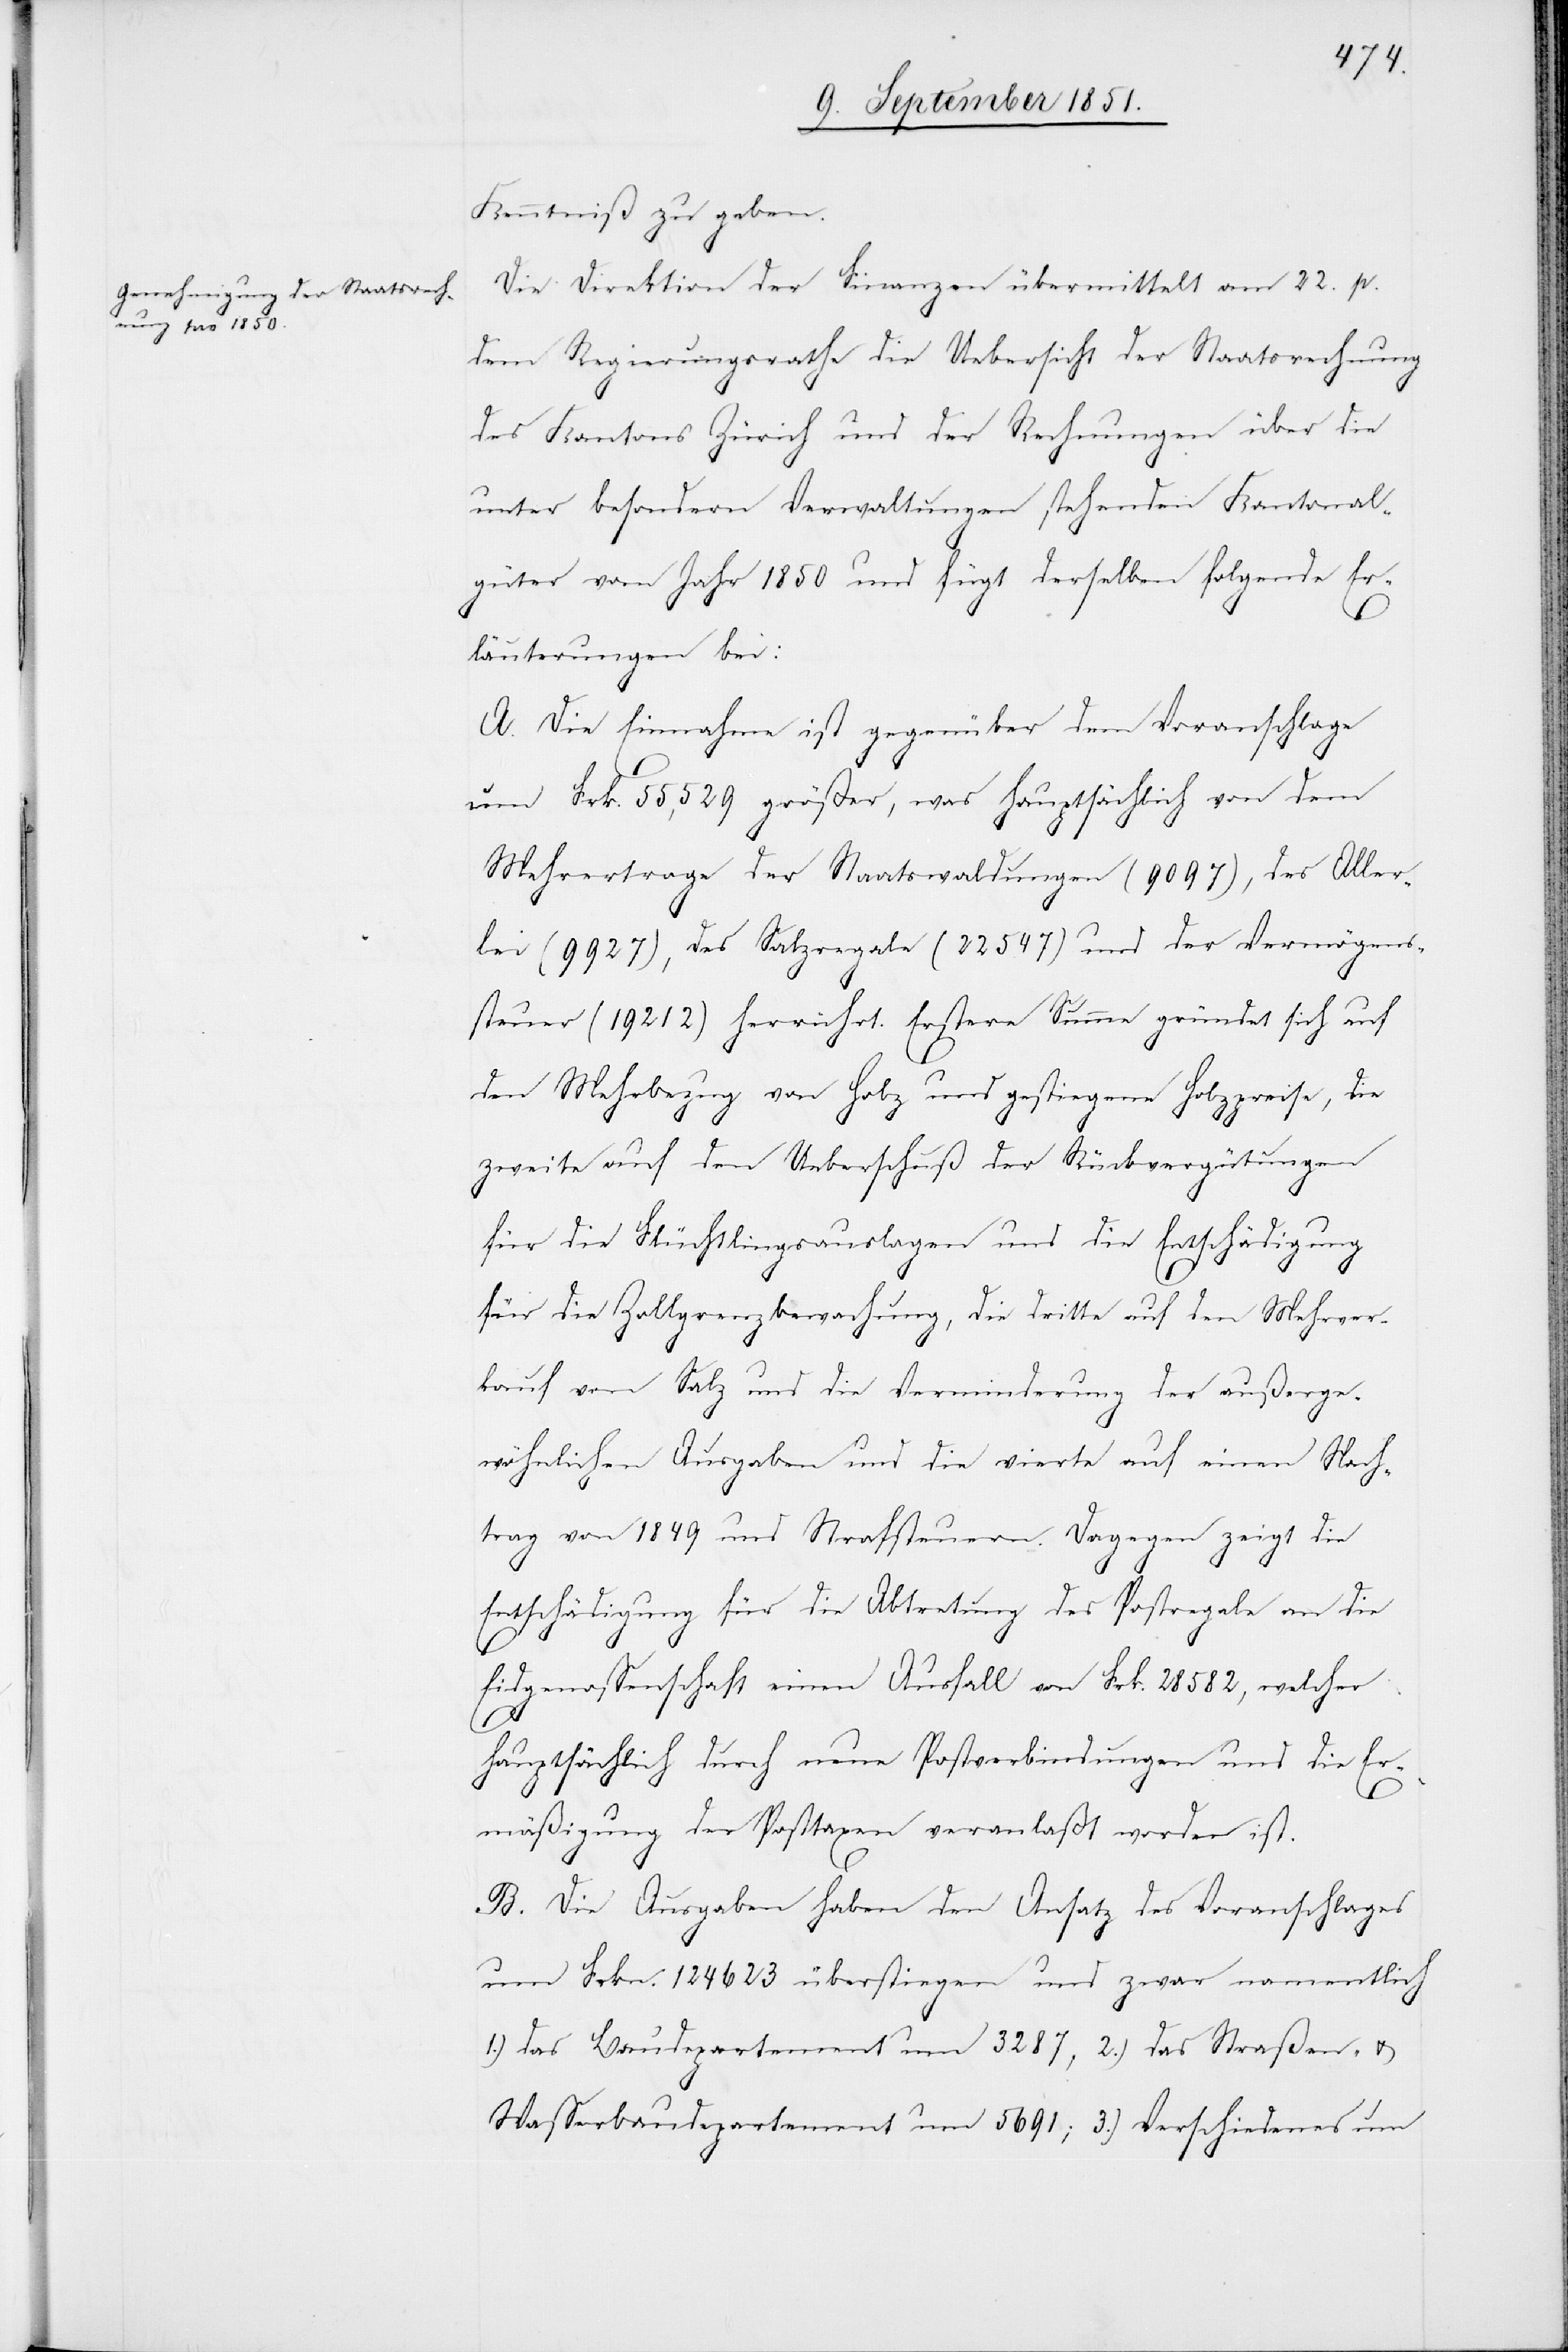
Kenntniß zu geben.
Die Direktion der Finanzen übermittelt am 22. p.
dem Regierungsrathe die Uebersicht der Staatsrechnung
des Kantons Zürich und der Rechnungen über die
unter besondern Verwaltungen stehenden Kantonal¬
güter vom Jahr 1850 und fügt derselben folgende Er¬
läuterungen bei:
A. Die Einnahme ist gegenüber dem Voranschlage
um Frk. 55,529 größer, was hauptsächlich von dem
Mehrertrage der Staatswaldungen (9097), des Aller¬
lei (9927), des Salzregale (22 547) und der Vermögens¬
steuer (19 212) herrührt. Erstere Summe gründet sich auf
den Mehrbezug von Holz und gestiegene Holzpreise, die
zweite auf den Ueberschuß der Rückvergütungen
für die Flüchtlingsauslagen und die Entschädigung
für die Zollgrenzbewachung, die dritte auf den Mehrver¬
kauf von Salz und die Verminderung der außerge¬
wöhnlichen Ausgaben und die vierte auf einen Nach¬
trag von 1849 und Strafsteuern. Dagegen zeigt die
Entschädigung für die Abtretung des Postregale an die
Eidgenossenschaft einen Ausfall von Frk. 28 582, welcher
hauptsächlich durch neue Postverbindungen und die Er¬
mäßigung der Posttaxen veranlaßt worden ist.
B. Die Ausgaben haben den Ansatz des Voranschlages
um Frkn. 124 623 überstiegen und zwar namentlich
1.) das Baudepartement um 3287, 2.) das Straßen- u.
Wasserbaudepartement um 5691; 3.) Verschiedenes um